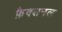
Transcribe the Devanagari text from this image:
फ़ैक्शनल